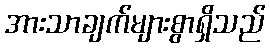
အားသာချက်များစွာရှိသည်